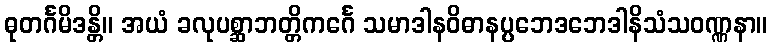
ဓုတင်္ဂမိဒန္တိ။ အယံ ခလုပစ္ဆာဘတ္တိကင်္ဂေ သမာဒါနဝိဓာနပ္ပဘေဒဘေဒါနိသံသဝဏ္ဏနာ။